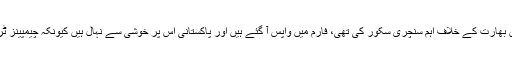
اس میچ میں تمام بلے باز ناکام ہو گئے مگر فخر زمان جنہوں نے چیمپینز ٹرافی کے فائنل میچ میں بھارت کے خلاف اہم سنچری سکور کی تھی، فارم میں واپس آ گئے ہیں اور پاکستانی اس پر خوشی سے نہال ہیں کیونکہ چیمپینز ٹرافی کے فائنل میچ کے بعد سے وہ خاطر خواہ کارکردگی دکھانے میں کامیاب نہیں ہو سکے تھے۔